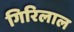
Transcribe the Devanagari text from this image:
गिरिलाल